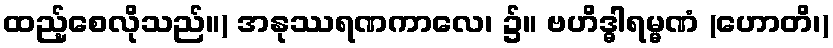
ထည့်စေလိုသည်။) အနုဿရဏကာလေ၊ ၌။ ဗဟိဒ္ဓါရမ္မဏံ (ဟောတိ၊)